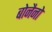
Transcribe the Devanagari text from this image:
बोनैनो